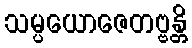
သမ္ပယောဇေတဗ္ဗန္တိ